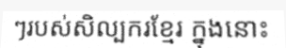
ៗរបស់សិល្បករខ្មែរ ក្នុងនោះ